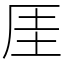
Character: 厓